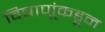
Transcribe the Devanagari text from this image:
विषाणूंकडून